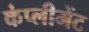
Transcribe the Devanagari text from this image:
कंप्लीमेंट